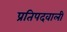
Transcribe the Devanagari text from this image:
प्रतिपदवाली